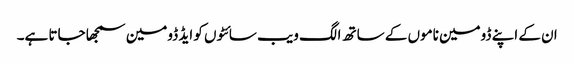
ان کے اپنے ڈومین ناموں کے ساتھ الگ ویب سائٹوں کو ایڈ ڈومین سمجھا جاتا ہے۔